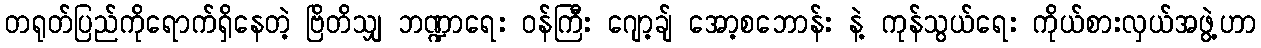
တရုတ်ပြည်ကိုရောက်ရှိနေတဲ့ ဗြိတိသျှ ဘဏ္ဍာရေး ဝန်ကြီး ဂျော့ချ် အော့စဘောန်း နဲ့ ကုန်သွယ်ရေး ကိုယ်စားလှယ်အဖွဲ့ဟာ